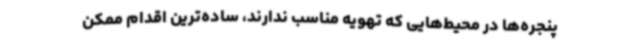
پنجره‌ها در محیط‌هایی که تهویه مناسب ندارند، ساده‌ترین اقدام ممکن